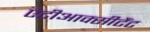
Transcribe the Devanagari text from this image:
एंटीआक्सीटैंट